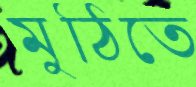
মুঠিতে